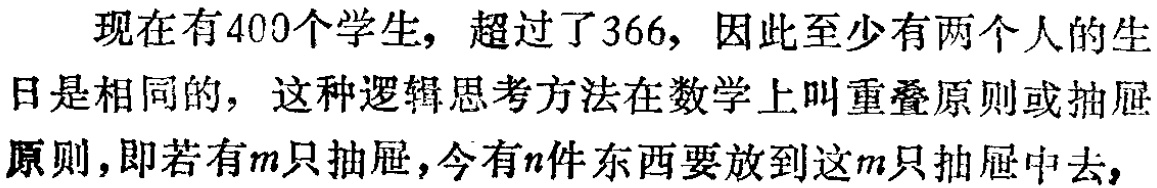
现在有400个学生，超过了366，因此至少有两个人的生日是相同的，这种逻辑思考方法在数学上叫重叠原则或抽屉原则,即若有\(m\)只抽屉,今有\(n\)件东西要放到这\(m\)只抽屉中去,